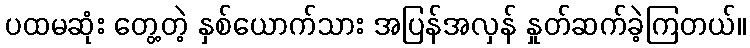
ပထမဆုံး တွေ့တဲ့ နှစ်ယောက်သား အပြန်အလှန် နှုတ်ဆက်ခဲ့ကြတယ်။